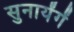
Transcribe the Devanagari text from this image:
सुनायेंगें